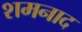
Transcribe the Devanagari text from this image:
शमनाद